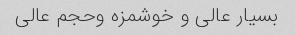
بسیار عالی و خوشمزه وحجم عالی